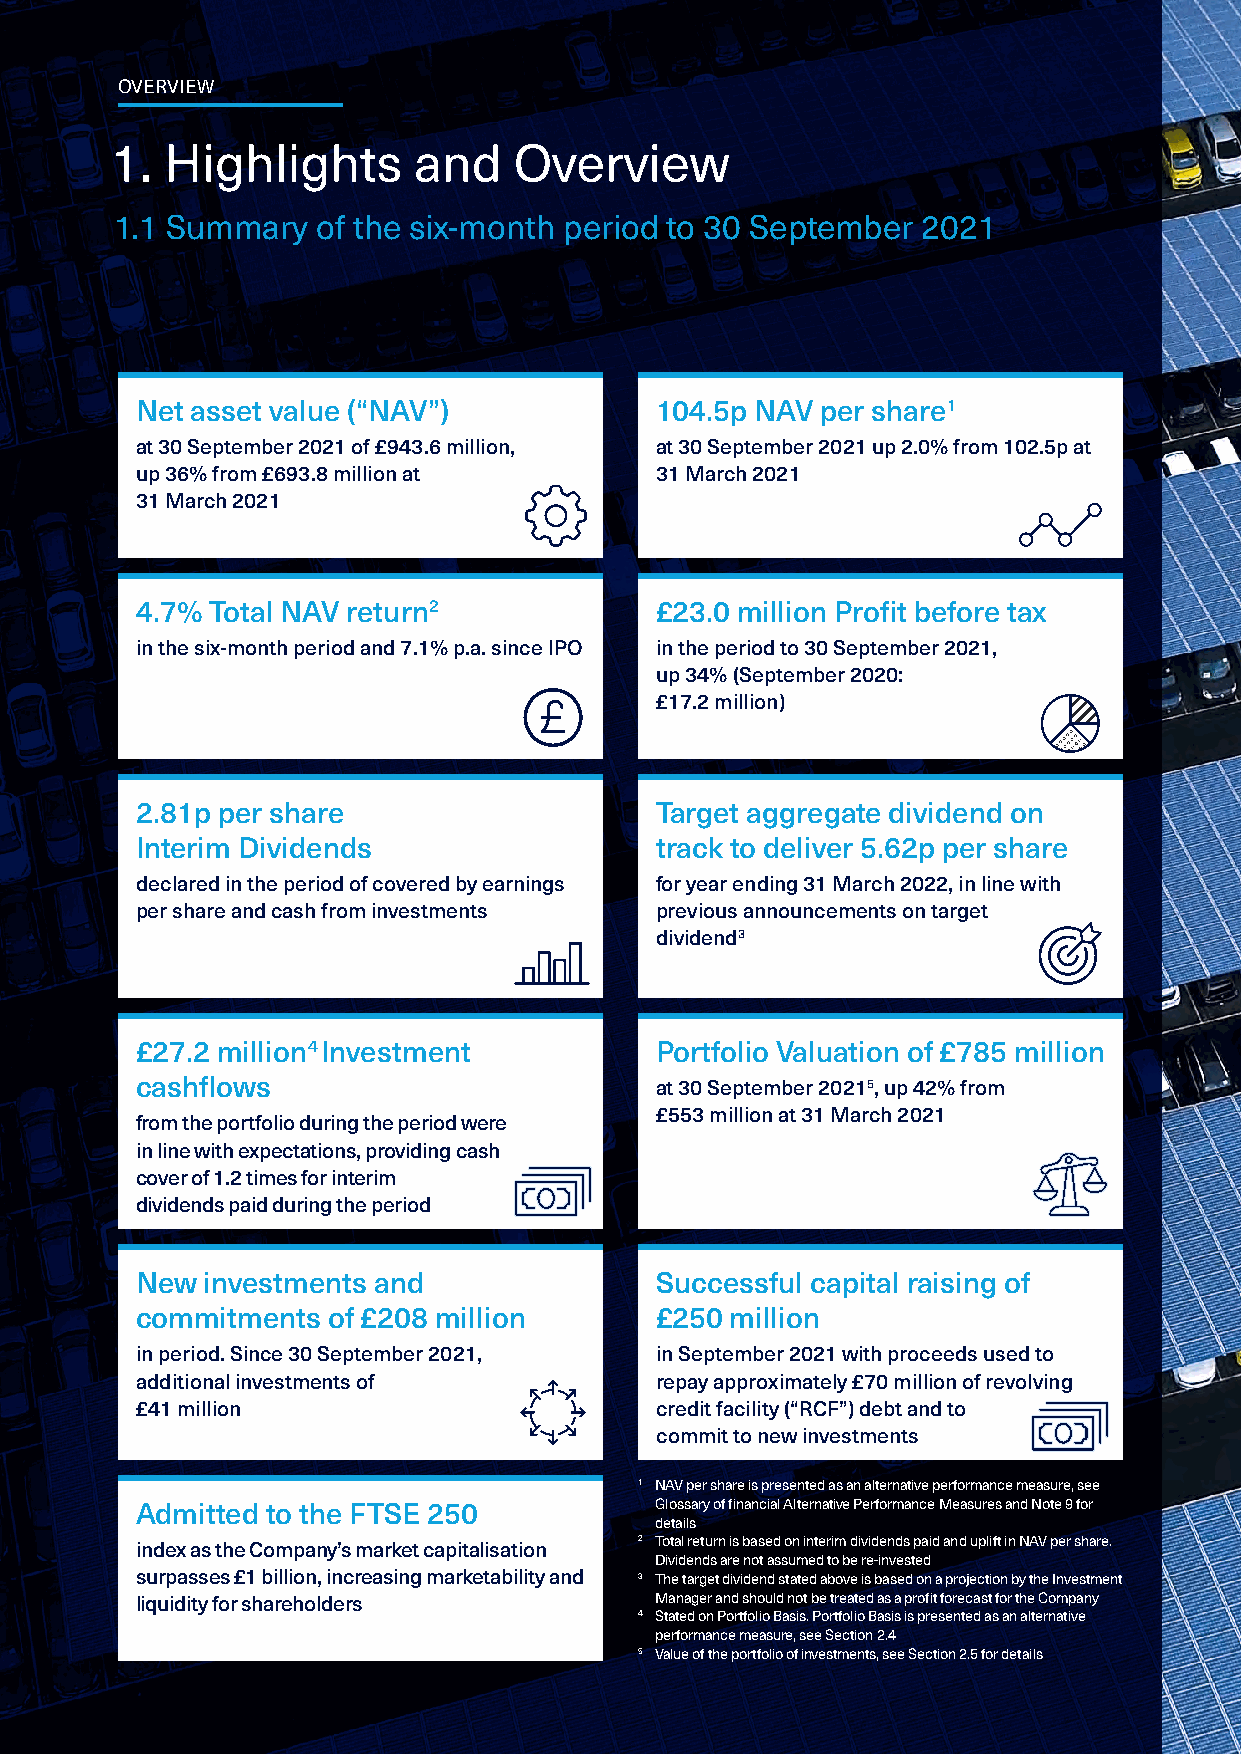
OVERVIEW
 1.  Highlights      and    Overview
 1.1 Summary   of the six-month period to 30 September 2021
 Net asset value (“NAV”)           104.5p NAV per share1
 at 30 September 2021 of £943.6 million, at 30 September 2021 up 2.0% from 102.5p at
 up 36% from £693.8 million at     31 March 2021
 31 March 2021
 4.7% Total NAV return2            £23.0 million Profit before tax
 in the six-month period and 7.1% p.a. since IPO in the period to 30 September 2021,
 up 34% (September 2020:
 £17.2 million)
 2.81p per share                   Target aggregate dividend on
 Interim Dividends                 track to deliver 5.62p per share
 declared in the period of covered by earnings for year ending 31 March 2022, in line with
 per share and cash from investments previous announcements on target
 dividend3
 £27.2 million4 Investment         Portfolio Valuation of £785 million
 cashflows                         at 30 September 20215, up 42% from
 £553 million at 31 March 2021
 from the portfolio during the period were
 in line with expectations, providing cash
 cover of 1.2 times for interim
 dividends paid during the period
 New investments and               Successful capital raising of
 commitments  of £208 million      £250 million
 in period. Since 30 September 2021, in September 2021 with proceeds used to
 additional investments of         repay approximately £70 million of revolving
 £41 million                       credit facility (“RCF”) debt and to
 commit to new investments
 1 NAV per share is presented as an alternative performance measure, see
 Admitted to the FTSE 250          Glossary of financial Alternative Performance Measures and Note 9 for
 details
 index as the Company’s market capitalisation 2 Total return is based on interim dividends paid and uplift in NAV per share.
 Dividends are not assumed to be re-invested
 surpasses £1 billion, increasing marketability and 3 The target dividend stated above is based on a projection by the Investment
 liquidity for shareholders        Manager and should not be treated as a profit forecast for the Company
 4 Stated on Portfolio Basis. Portfolio Basis is presented as an alternative
 performance measure, see Section 2.4
 5 Value of the portfolio of investments, see Section 2.5 for details
 SDCL Energy Efficiency Income Trust plc / SEEIT Interim Report 2021 / 1